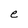
Character: e